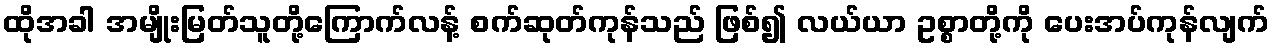
ထိုအခါ အမျိုးမြတ်သူတို့ကြောက်လန့် စက်ဆုတ်ကုန်သည် ဖြစ်၍ လယ်ယာ ဥစ္စာတို့ကို ပေးအပ်ကုန်လျက်